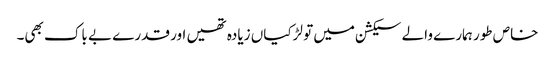
خاص طور ہمارے والے سیکشن میں تو لڑکیاں زیادہ تھیں اور قدرے بے باک بھی۔